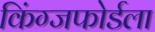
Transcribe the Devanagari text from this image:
किंग्जफोर्डला